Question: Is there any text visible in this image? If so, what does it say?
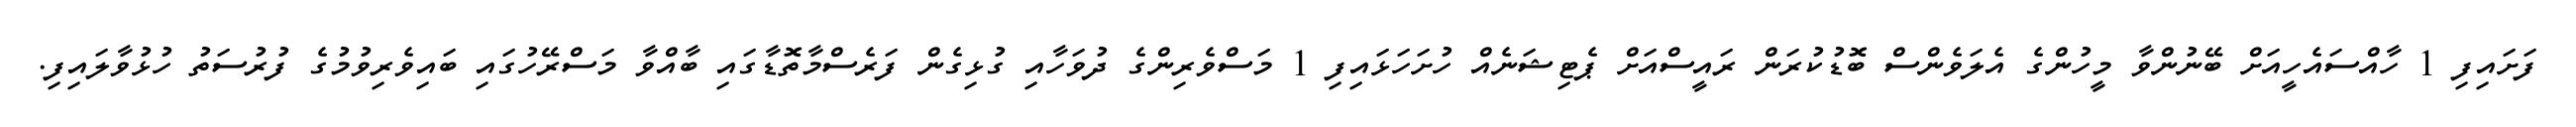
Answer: ފަށައިފި 1 ހާއްސައެހީއަށް ބޭނުންވާ މީހުންގެ އެލަވެންސް ބޮޑުކުރަން ރައީސްއަށް ޕެޓިޝަނެއް ހުށަހަޅައިފި 1 މަސްވެރިންގެ ދުވަހާއި ގުޅިގެން ފަރެސްމާތޮޑާގައި ބާއްވާ މަސްރޭހުގައި ބައިވެރިވުމުގެ ފުރުސަތު ހުޅުވާލައިފި.